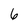
Character: 6